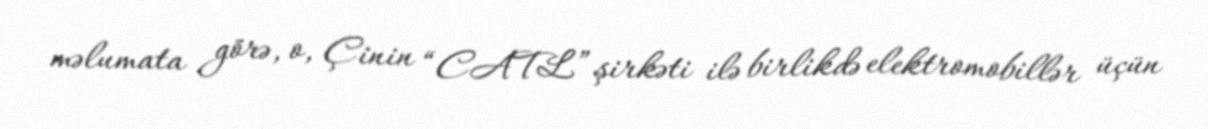
məlumata görə, o, Çinin “CATL” şirkəti ilə birlikdə elektromobillər üçün